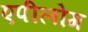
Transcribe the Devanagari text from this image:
एपीलोग